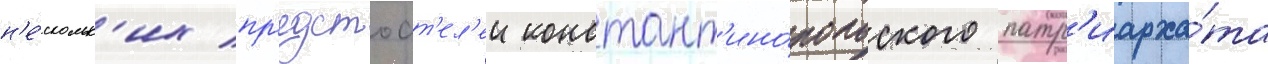
н'е́скольк'их пр'едстоат'ел'еи констант'ино́польского патр'иарха́та